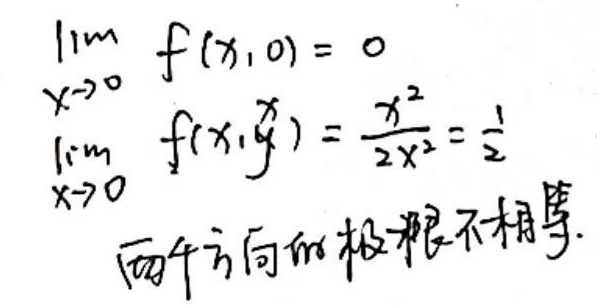
\(\lim_{x \to 0} f(x,0) = 0\)\\
\(\lim_{x \to 0} f(x,x) = \frac{x^2}{2x^2}=\frac{1}{2}\)\\
两个方向极限不相等。